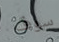
سوف